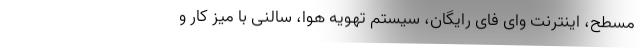
مسطح، اینترنت وای فای رایگان، سیستم تهویه هوا، سالنی با میز کار و